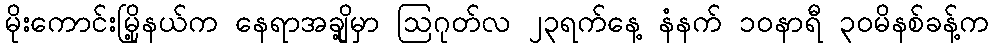
မိုးကောင်းမြို့နယ်က နေရာအချို့မှာ ဩဂုတ်လ ၂၃ရက်နေ့ နံနက် ၁၀နာရီ ၃၀မိနစ်ခန့်က